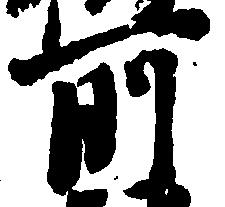
所